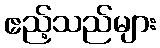
ဧည့်သည်များ